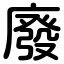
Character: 廢